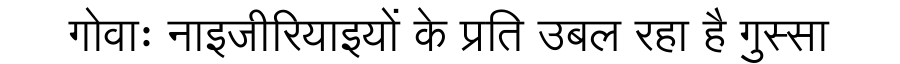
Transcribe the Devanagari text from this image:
गोवाः नाइजीरियाइयों के प्रति उबल रहा है गुस्सा